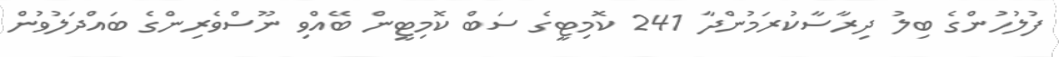
ފުލުހުންގެ ބިލު ދިރާސާކުރަމުންދާ 241 ކޮމިޓީގެ ސަބް ކޮމިޓީން ބޭއްވި ނޫސްވެރިންގެ ބައްދަލުވުން